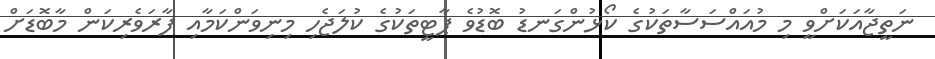
ނަތީޖާއަކަށްވީ މި މުއައްސަސާތަކުގެ ކޯޅުންގަނޑު ބޮޑުވެ ޕާޓީތަކުގެ ކުލަޖެހި މިނިވަންކަމާއި ފާރަވެރިކަން މާބޮޑަށް